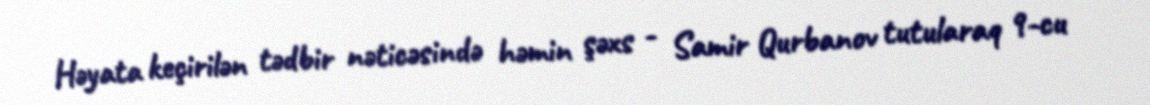
Həyata keçirilən tədbir nəticəsində həmin şəxs - Samir Qurbanov tutularaq 9-cu